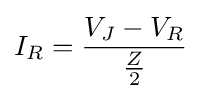
I_{R}={\frac {V_{J}-V_{R}}{\frac {Z}{2}}}